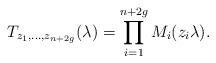
LaTeX: \begin{align*}T_{z_{1},\dots,z_{n+2g}}(\lambda)=\prod_{i=1}^{n+2g}{M_{i}(z_{i}\lambda)}.\end{align*}